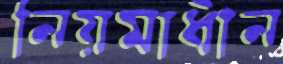
নিয়মাধীন